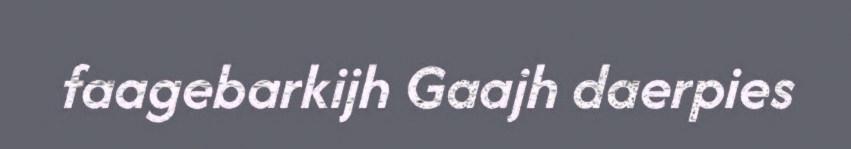
faagebarkijh Gaajh daerpies